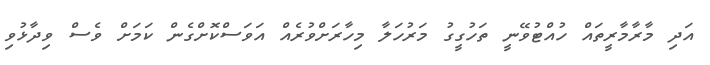
އަދި މާރާމާރީތައް ހުއްޓުވޭނީ ތަހުގީގު މަރުހަލާ މިހާރަށްވުރެއް އަވަސްކޮށްގެން ކަމަށް ވެސް ވިދާޅުވި